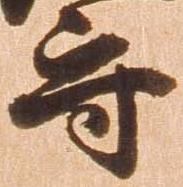
守